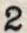
2